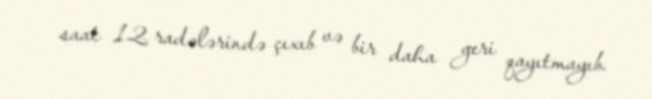
saat 12 radələrində çıxıb və bir daha geri qayıtmayıb.